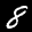
Label: 8